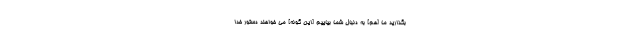
بگذاريد ما [هم] به دنبال شما بياييم [اين گونه] مى خواهند دستور خدا